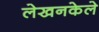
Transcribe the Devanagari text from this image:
लेखनकेले